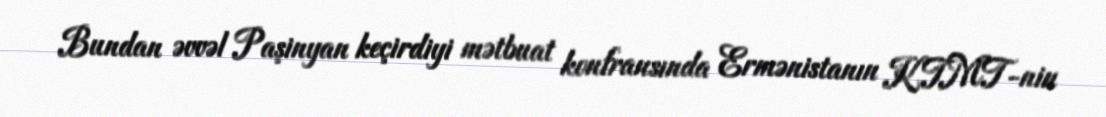
Bundan əvvəl Paşinyan keçirdiyi mətbuat konfransında Ermənistanın KTMT-nin